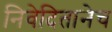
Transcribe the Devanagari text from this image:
निवेदितानेच